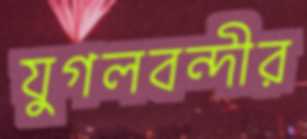
যুগলবন্দীর